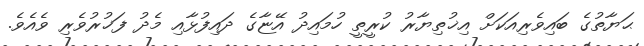
ޙަޔާތުގެ ބައިވެރިއަކަށް އިޚުތިޔާރު ކުރީތީ ހުމައިދު އޭޏާގެ ދައިފުޅާއި މެދު ފަޚުރުވެރި ވެއެވެ.